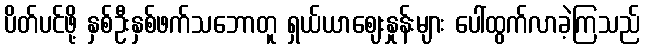
ပိတ်ပင်ဖို့ နှစ်ဦးနှစ်ဖက်သဘောတူ ရှယ်ယာဈေးနှုန်းများ ပေါ်ထွက်လာခဲ့ကြသည်